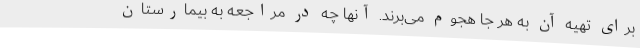
برای تهیه آن به هر جا هجوم می‌برند. آنها چه در مراجعه به بیمارستان